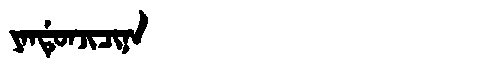
Manchu: ᠶᠠᠨᡩᡠᠨᠵᡳᠴᡳᠨᠠ
Romanization: YANDUNJICINA